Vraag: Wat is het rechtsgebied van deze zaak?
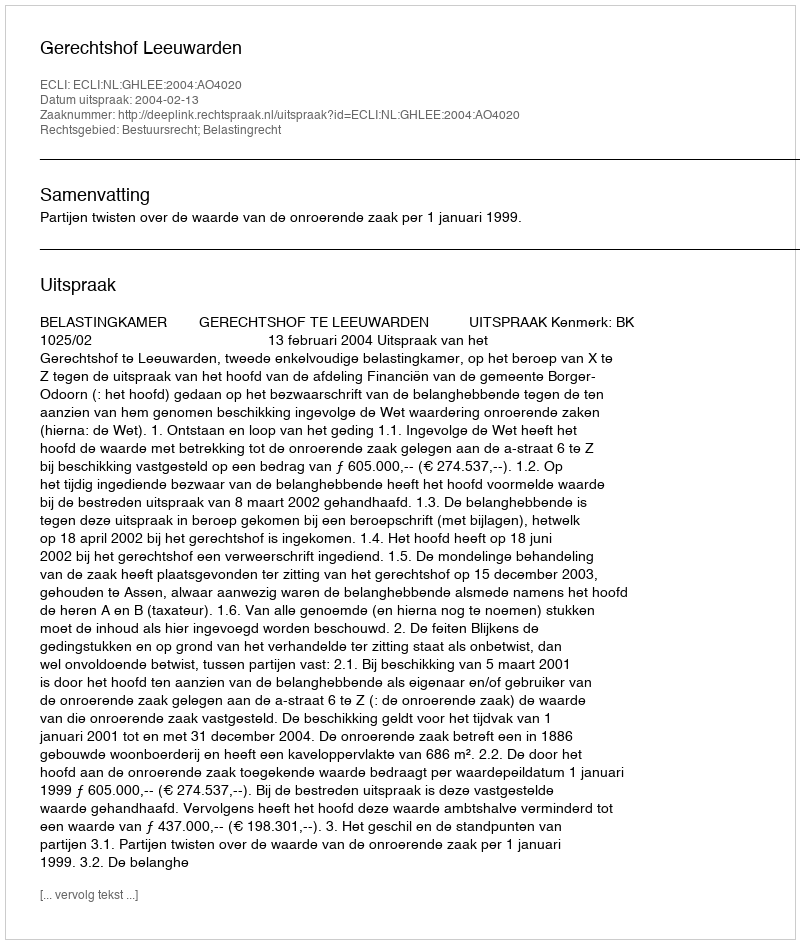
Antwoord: Bestuursrecht; Belastingrecht